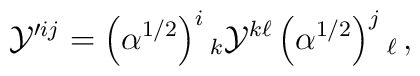
{\cal Y}'^{ij}=\left( \alpha ^{1/2}\right) ^i{}_k {\cal Y}^{k\ell }   \left( \alpha ^{1/2}\right) ^j{}_\ell\,,